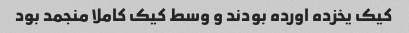
کیک یخزده اورده بودند و وسط کیک کاملا منجمد بود